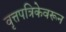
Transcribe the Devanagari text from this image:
वृत्तपत्रिकेवरून